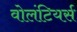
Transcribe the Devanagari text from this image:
वोलंटियर्स